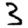
Digit: 3